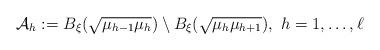
LaTeX: \begin{align*}\mathcal A_h := B_\xi(\sqrt{\mu_{h-1}\mu_h})\setminus B_\xi(\sqrt{\mu_h \mu_{h+1}}),\ h=1,\ldots, \ell \end{align*}